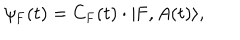
\psi _ { \mathrm { F } } ( t ) = \mathrm { C } _ { \mathrm { F } } ( t ) \cdot | \mathrm { F } , A ( t ) \rangle ,